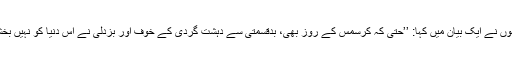
انہوں نے ایک بیان میں کہا: ’’حتیٰ کہ کرسمس کے روز بھی، بدقسمتی سے دہشت گردی کے خوف اور بزدلی نے اس دنیا کو نہیں بخشا۔